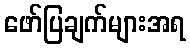
ဖော်ပြချက်များအရ